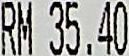
RM35.40